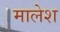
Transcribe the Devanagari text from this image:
मालेश